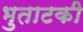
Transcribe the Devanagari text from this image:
भुताटकी